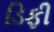
ડિફી